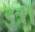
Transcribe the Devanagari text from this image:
इत्र।